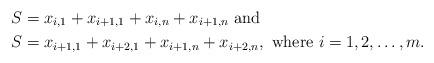
LaTeX: \begin{align*}S &= x_{i,1} + x_{i+1,1} + x_{i,n} + x_{i+1,n} \mbox{ and } \\S &= x_{i+1,1} + x_{i+2,1} + x_{i+1,n} + x_{i+2,n},\mbox{ where } i=1,2,\ldots,m.\end{align*}